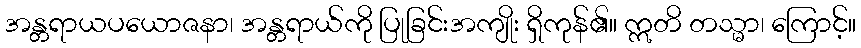
အန္တရာယပယောဇနာ၊ အန္တရာယ်ကို ပြုခြင်းအကျိုး ရှိကုန်၏။ ဣတိ တသ္မာ၊ ကြောင့်။